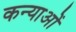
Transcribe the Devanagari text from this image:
कन्याओें